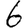
Digit: 6